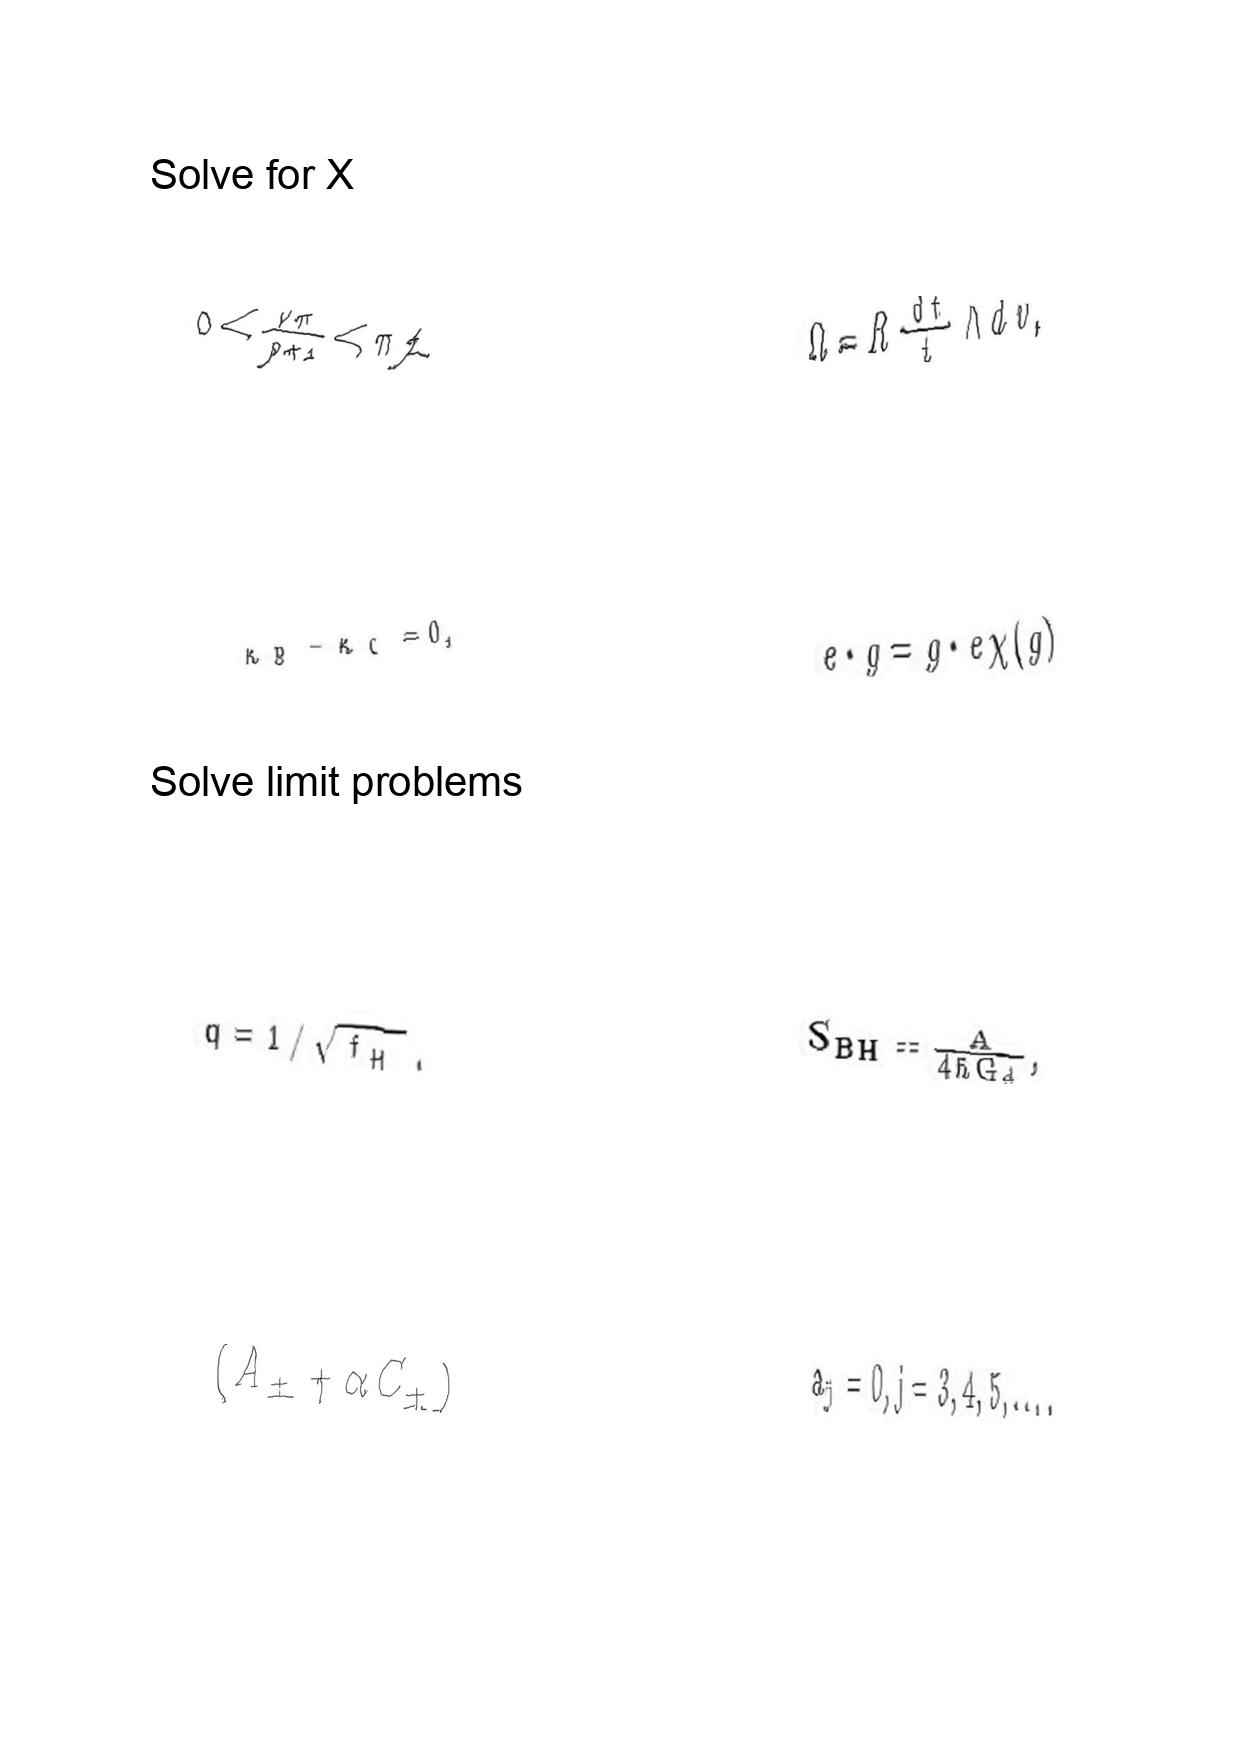
LaTeX transcription:
0 \lt \frac { \nu \pi } { p + 1 } \lt \pi / 2
\kappa _ { B } - \kappa _ { C } = 0 ,
q = 1 / \sqrt { f _ { H } } .
\lparen A _ { \pm } + \alpha C _ { \pm } \rparen
\Omega = R \frac { d t } { t } \wedge d v ,
e \cdot g = g \cdot e \chi \lparen g \rparen
S _ { B H } = \frac { A } { 4 \hbar G _ { d } } ,
a _ { j } = 0 , j = 3 , 4 , 5 , \ldots .